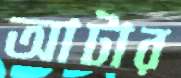
আটার